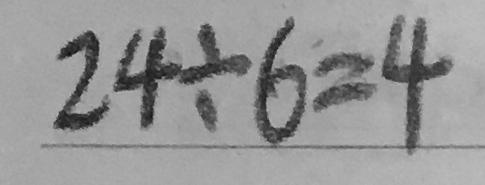
2 4 \div 6 = 4